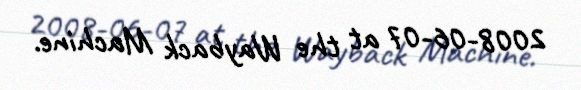
2008-06-07 at the Wayback Machine.